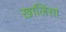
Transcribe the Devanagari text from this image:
ख़ालिसा